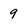
Character: 9